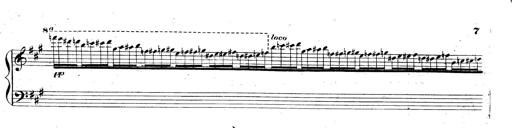
Title: 3 Caprices-Valses
Composer: Franz Liszt